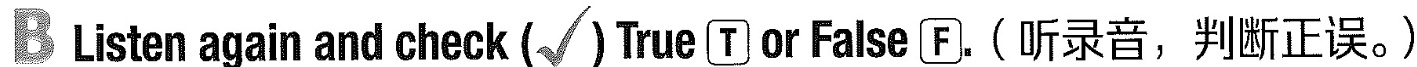
B Listen again and check(√)True T or False F.(听录音,判断正误.) 33